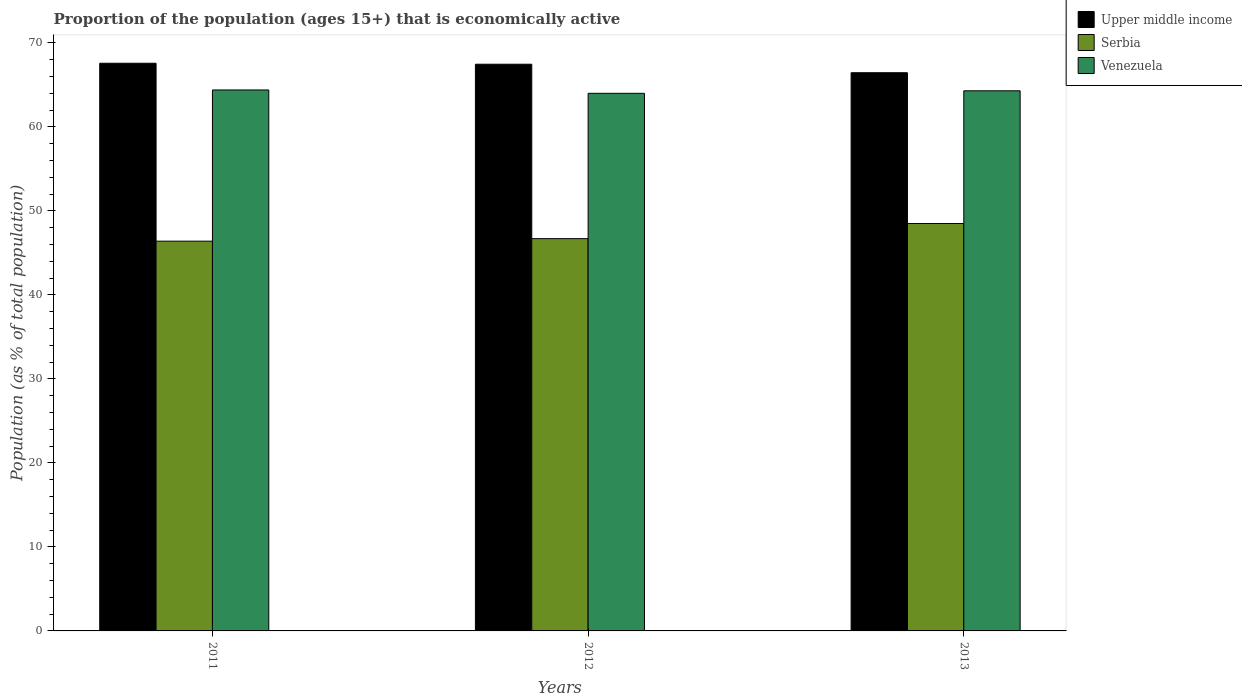
| Years | Upper middle income | Serbia | Venezuela |
 | --- | --- | --- | --- |
 | 2011 | 67.6 | 46.4 | 64.4 |
 | 2012 | 67.5 | 46.7 | 64 |
 | 2013 | 66.5 | 48.5 | 64.3 |